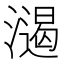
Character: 𣿌